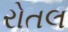
રોતલ